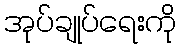
အုပ်ချုပ်ရေးကို